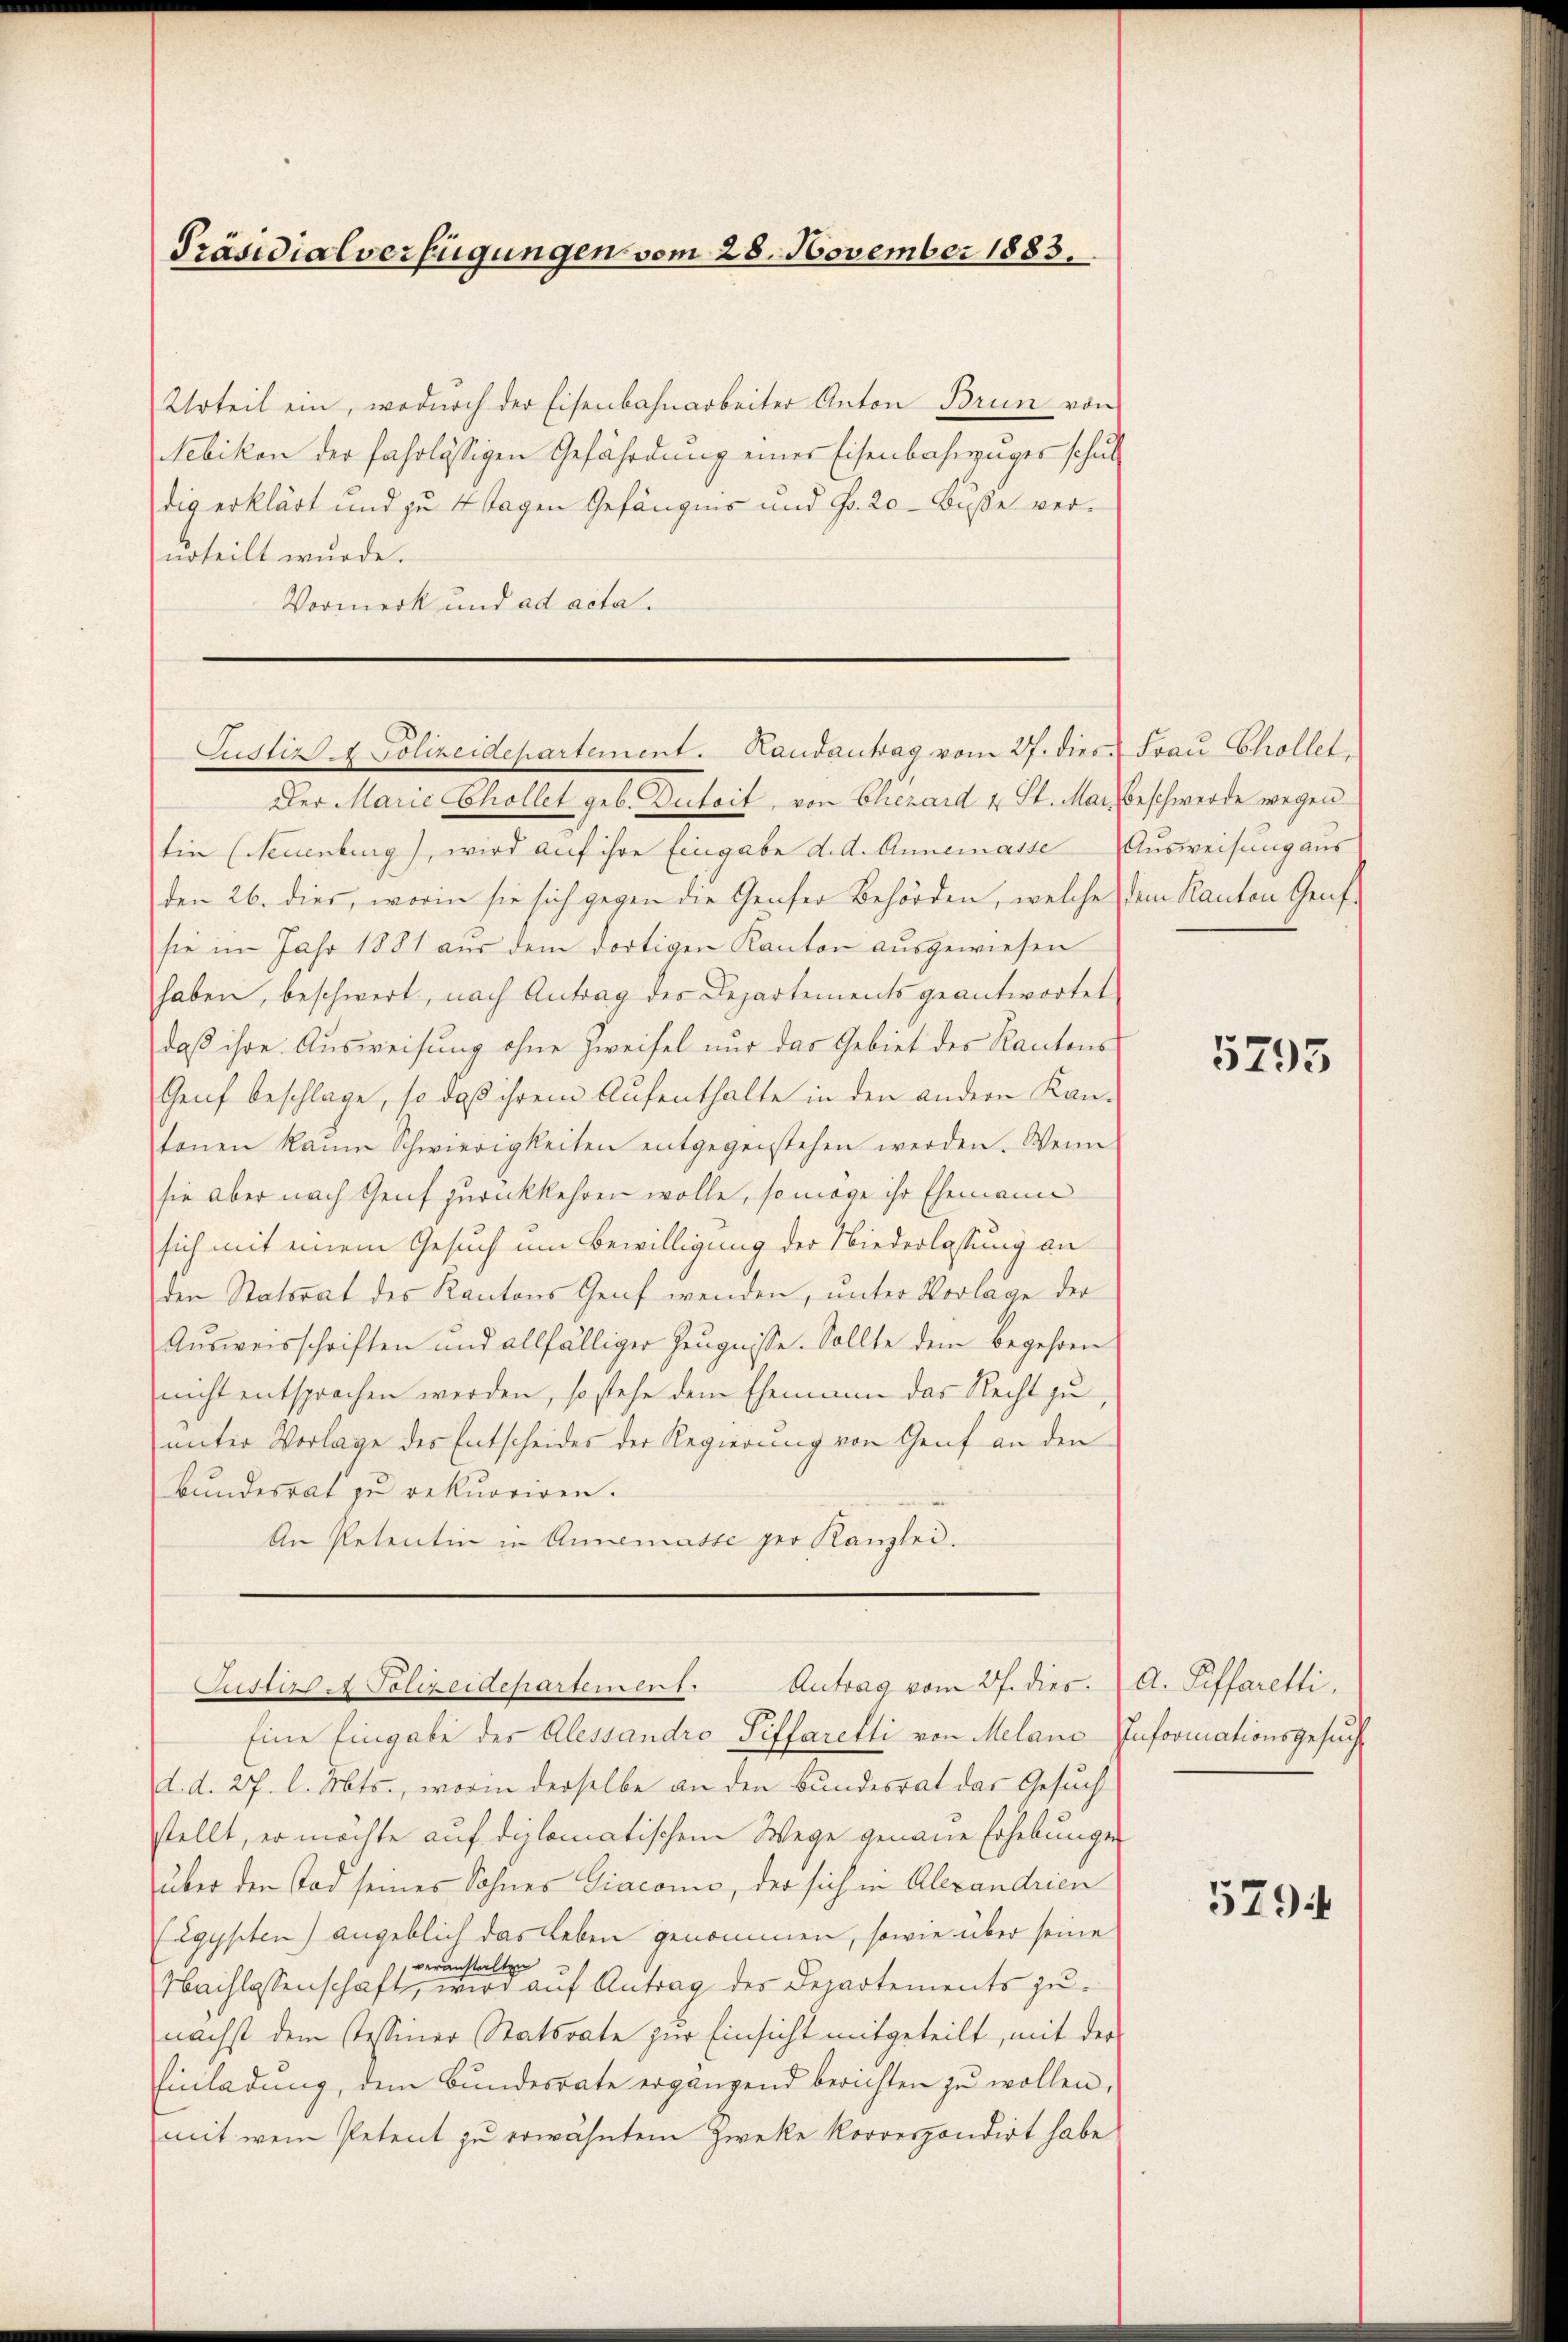
Präsidialverfügungen vom 28. November 1883.

Urteil ein, wodurch der Eisenbahnarbeiter Anton Brun von
Nebikon der fahrlässigen Gefährdung einer Eisenbahnzuges schuldig erklärt und zu 4 tagen Gefängnis und Fr. 20 - Buße verurteilt wurde.
Vormerk und ad acta.

Justiz & Polizeidepartement. Randantrag vom 27. dies

tin (Neuenburg), wird auf ihre Eingabe d. d. Annemasse Ausweisung aus
den 26. dies, worin sie sich gegen die Genfer Behörden, welche dem Kanton Genf-
sie im Jahr 1881 aus dem dortigen Kanton ausgewiesen
haben, beschwert, nach Antrag des Departements geantwortet
daß ihre Ausweisung ohne Zweifel nur das Gebiet des Kantons
Genf beschlage, so daß ihrem Aufenthalte in den andern Kantonen kaum Schwierigkeiten entgegenstehen werden. Wenn
sie aber nach Genf zurückkehren wolle, so möge ihr Ehemann
sich mit einem Gesuch um Bewilligung der Niederlassung an
den Statorat des Kantons Genf wenden, unter Vorlage der
Ausweisschriften und allfälliger Zeugnisse. Sollte dem begehren
nicht entsprochen werden, so stehe dem Ehemann das Recht zu
unter Vorlage der Entscheides der Regierung von Genf an den
Bundesrat zu rekurriren.
An Petentin in Annematte per Kanzlei.

Der Marie Chollet geb. Dutoit, von Chezard u St. Mar. Beschwerde wegen

Justiz A Polizeidepartement. Antrag vom 27. dies. A. Siffaretti,
Eine Eingabe der Alessandro Piffaretti von Meland Informationsgesuch

d. d. 27. l. Mts., worin derselbe an den Bundesrat das Gesuch
stellt, er möchte auf diplomatischem Wege genaue Erhebunge
über den Tod seines Sohnes Giaconus, der sich in Alexandrien
(Egypten) angeblich das Leben genommen, sowie über seine
veranstalten
3
Nachlassenschaft, wird auf Antrag des Departements zu-
nächst dem stessiner Statsrate zur Einsicht mitgeteilt, mit der
Einladung, dem Bundesrate ergänzend berichten zŭ wollen,
mit wenn Petent zu erwähntem Zwecke korrespondirt habe

Frau Chollet,

5795

5794